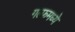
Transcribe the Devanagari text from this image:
गल्फमध्ये